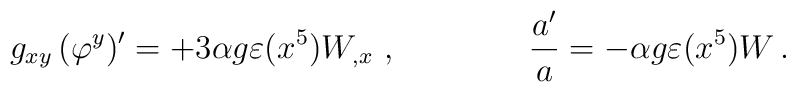
g_{xy}\,(\varphi^y)'  =  + 3 \alpha g \varepsilon (x^5)  W_{,x} \ ,\qquad \qquad {a'\over a} = -  \alpha g \varepsilon (x^5)  W \,.